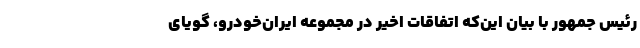
رئیس جمهور با بیان‌ این‌که اتفاقات اخیر در مجموعه ایران‌خودرو، گویای